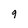
Character: g